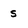
Character: 5